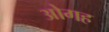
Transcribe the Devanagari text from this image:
ओगह